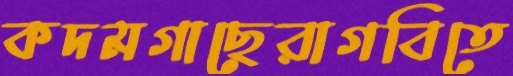
কদমগাছেরাগবিতে